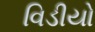
વિડીયો